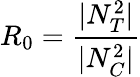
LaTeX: R_{0}=\frac{|N_{T}^{2}|}{|N_{C}^{2}|}